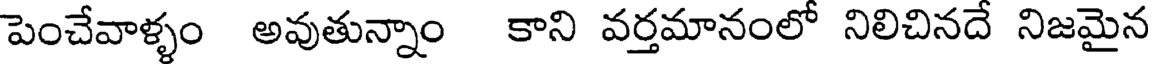
పెంచేవాళ్ళం అవుతున్నాం కాని వర్తమానంలో నిలిచినదే నిజమైన